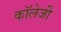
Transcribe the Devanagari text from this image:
कॉलेजी